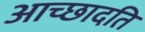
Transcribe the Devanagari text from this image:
आच्‍छादति